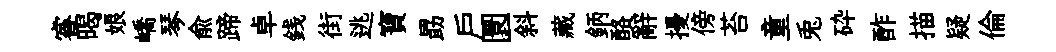
睿暍娘嶠琴俞蹄卓銭街逃寶勗户圜斜藏鈵酪辭擾傍苔童兎砕酢描疑倫